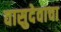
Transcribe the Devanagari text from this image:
वासुदेवाचा